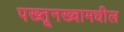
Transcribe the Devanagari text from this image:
पख्तूनख्वामधील